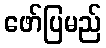
ဖော်ပြမည်